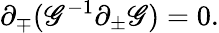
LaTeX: {\partial}_{\mp}(\mathscr{G}^{-1}{\partial}_{\pm}\mathscr{G})=0.